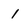
Character: 1